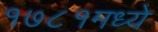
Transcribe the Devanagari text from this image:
१७८१मध्ये